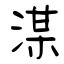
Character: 湈